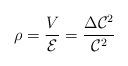
LaTeX: \begin{align*}\rho=\frac{V}{\mathcal{E}}=\frac{\Delta\mathcal{C}^{2}}{\mathcal{C}_{}^{2}} \end{align*}